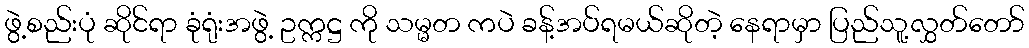
ဖွဲ့စည်းပုံ ဆိုင်ရာ ခုံရုံးအဖွဲ့ ဥက္ကဋ္ဌ ကို သမ္မတ ကပဲ ခန့်အပ်ရမယ်ဆိုတဲ့ နေရာမှာ ပြည်သူ့လွှတ်တော်